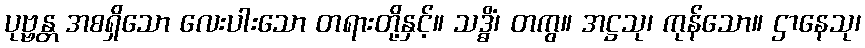
ပုဗ္ဗန္တ အစရှိသော လေးပါးသော တရားတို့နှင့်။ သဒ္ဓိံ၊ တကွ။ အဋ္ဌသု၊ ကုန်သော။ ဌာနေသု၊